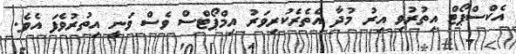
އެކްސްޕޯޓް އިތުރުވި އިރު މުދާ އެތެރެކުރިވަރު އިމްޕޯޓްސް ވެސް ވަނީ އިތުރުވެފަ އެވެ.